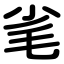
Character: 毟